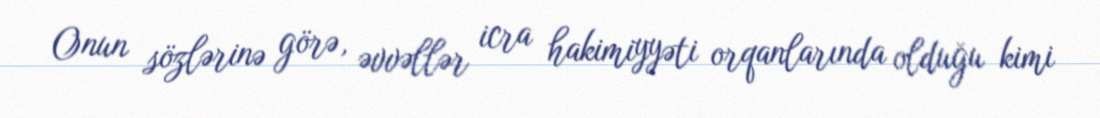
Onun sözlərinə görə, əvvəllər icra hakimiyyəti orqanlarında olduğu kimi